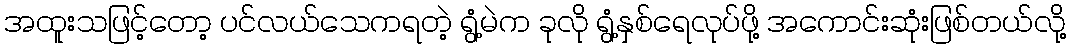
အထူးသဖြင့်တော့ ပင်လယ်သေကရတဲ့ ရွံ့မဲက ခုလို ရွံ့နှစ်ရေလုပ်ဖို့ အကောင်းဆုံးဖြစ်တယ်လို့